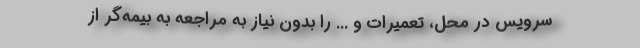
سرویس در محل، تعمیرات و ... را بدون نیاز به مراجعه به بیمه‌گر از